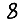
Digit: 8